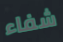
شفاء